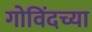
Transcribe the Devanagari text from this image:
गोविंदच्या